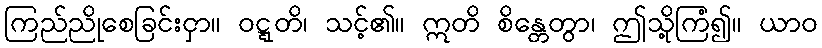
ကြည်ညိုစေခြင်းငှာ။ ဝဋ္ဋတိ၊ သင့်၏။ ဣတိ စိန္တေတွာ၊ ဤသို့ကြံ၍။ ယာဝ